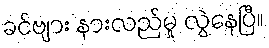
ခင်ဗျား နားလည်မှု လွဲနေပြီ။